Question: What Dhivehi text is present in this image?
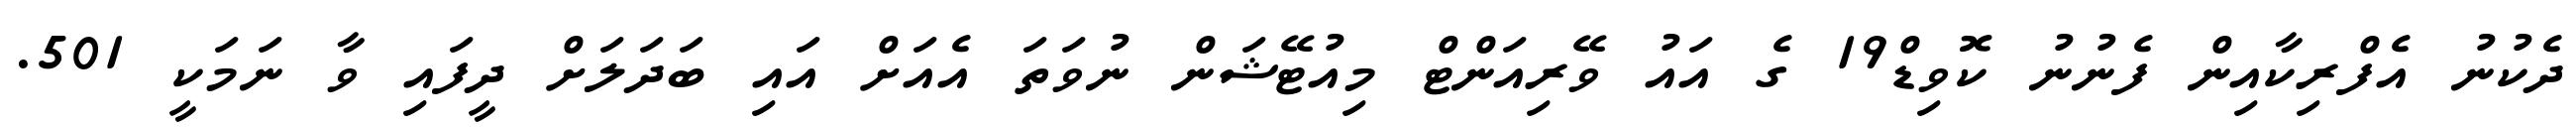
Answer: ދެކުނު އެފްރިކާއިން ފެނުނު ކޮވިޑް19 ގެ އައު ވޭރިއަންޓް މިއުޓޭޝަން ނުވަތަ އެއަށް އައި ބަދަލަށް ދީފައި ވާ ނަމަކީ 501.